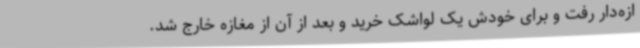
ازه‌دار رفت و برای خودش یک لواشک خرید و بعد از آن از مغازه خارج شد.